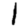
Digit: 1